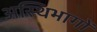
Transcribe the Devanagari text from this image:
अस्थिभागों